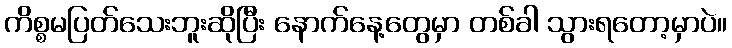
ကိစ္စမပြတ်သေးဘူးဆိုပြီး နောက်နေ့တွေမှာ တစ်ခါ သွားရတော့မှာပဲ။